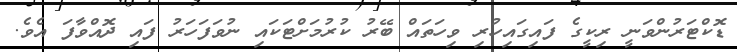
ޑޮކްޓަރުންވަނީ ރިކީގެ ފައިގައިހުރި ވިހަތައް ބޭރު ކުރުމަށްޓަކައި ނުވަފަހަރު ފައި ދޮއްވާފަ އެވެ.